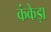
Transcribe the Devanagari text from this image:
कंकेड़ा